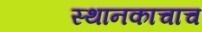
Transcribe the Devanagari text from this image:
स्थानकाचाच